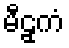
မီဠှကံ